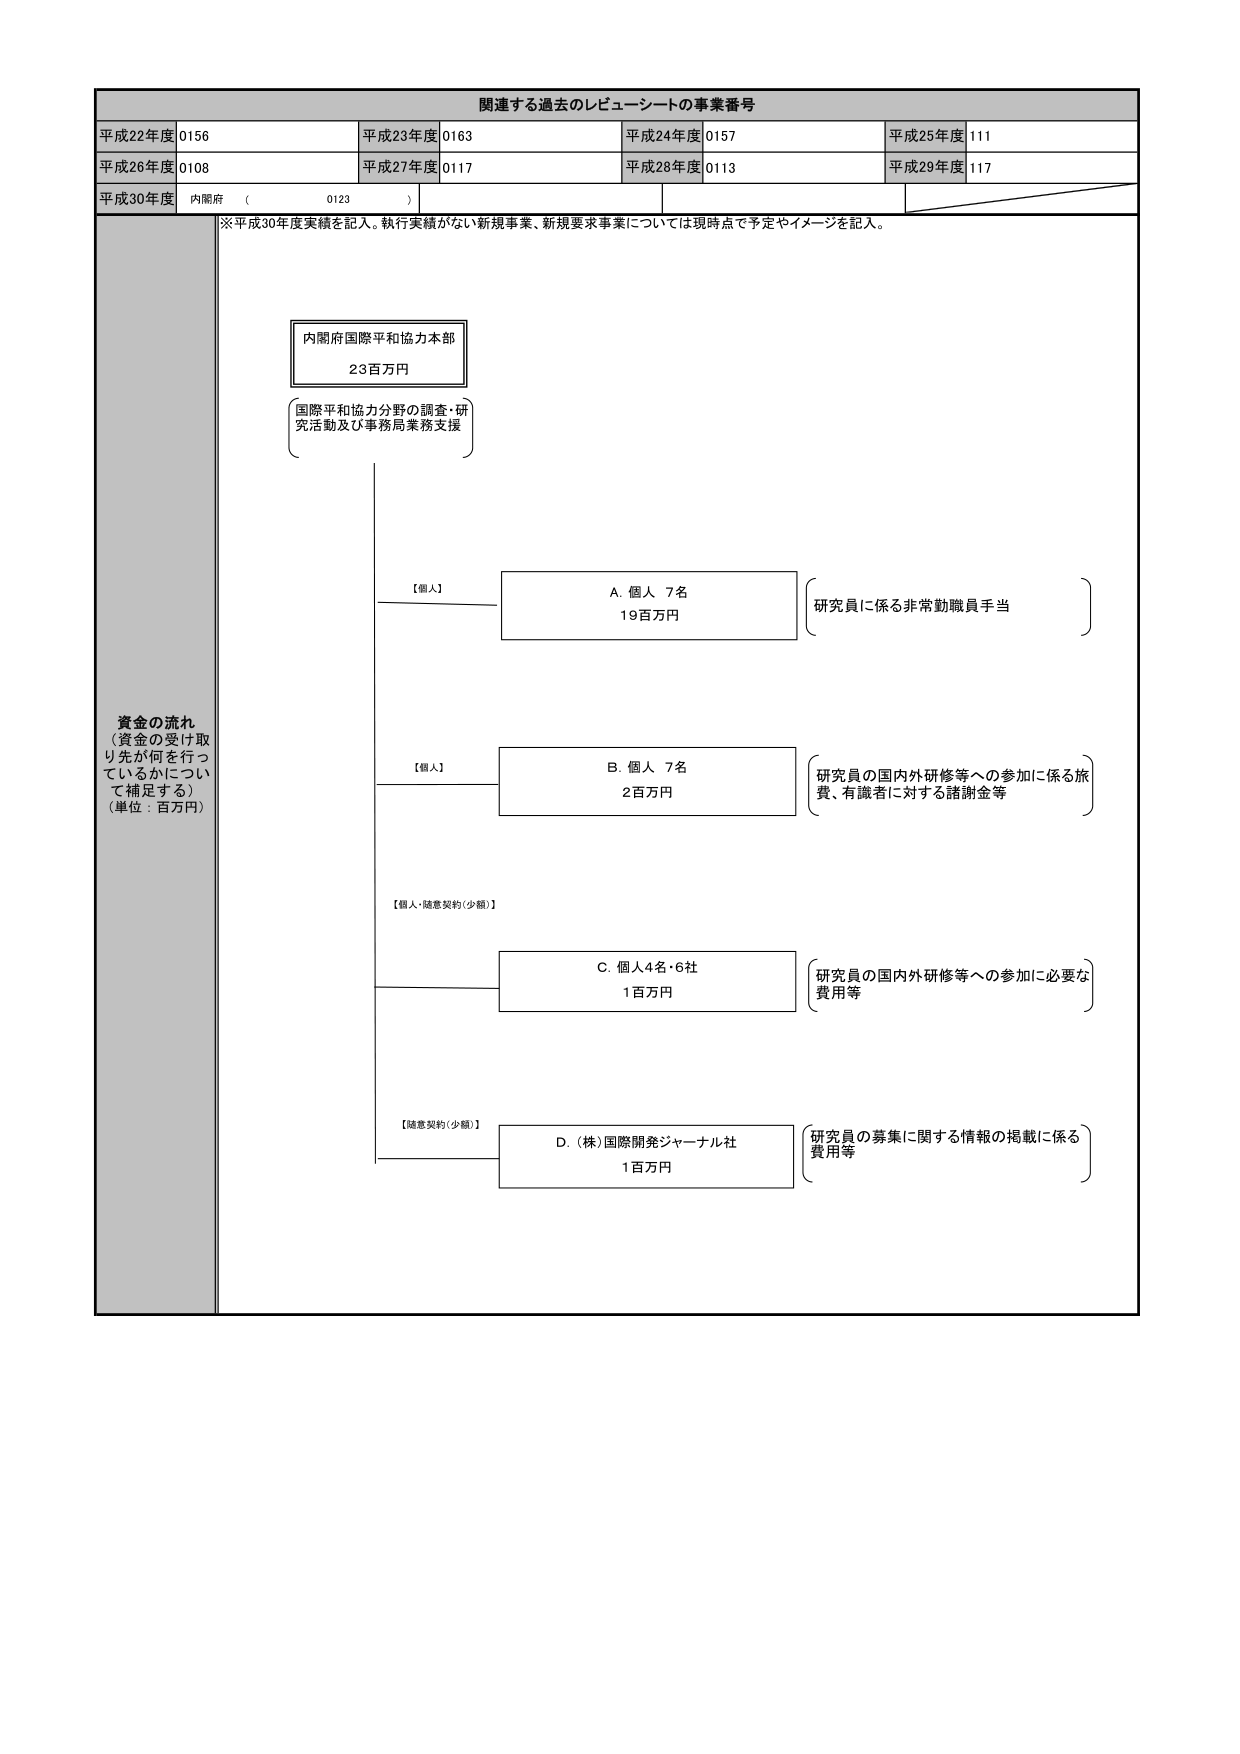
関連する過去のレピューシートの事業番号
平成22年度 0156
平成23年度 0163
平成24年度 0157
平成25年度 111
平成26年度 0108
平成27年度 0117
平成28年度 0113
平成29年度 117
平成30年度 内閣府 （ 0123 ）
※平成30年度実績を記入。執行実績がない新規事業、新規要求事業については現時点で予定やイメージを記入。
資金の流れ
（資金の受け取り先が何を行っているかについて補足する）
（単位：百万円）
内閣府国際平和協力本部
23百万円
国際平和協力分野の調査・研究活動及び事務局業務支援
【個人】
A. 個人 7名
19百万円
研究員に係る非常勤職員手当
【個人】
B. 個人 7名
2百万円
研究員の国内外研修等への参加に係る旅費、有識者に対する諸謝金等
【個人・随意契約（少額）】
C. 個人4名・6社
1百万円
研究員の国内外研修等への参加に必要な費用等
【随意契約（少額）】
D. （株）国際開発ジャーナル社
1百万円
研究員の募集に関する情報の掲載に係る費用等